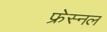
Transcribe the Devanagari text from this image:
फ्रेस्नल